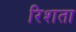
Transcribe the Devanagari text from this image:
रिशता